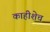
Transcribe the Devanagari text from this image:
काहीशेच